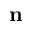
{ \bf n }